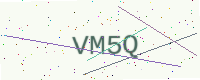
Text: VM5Q